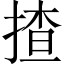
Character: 揸